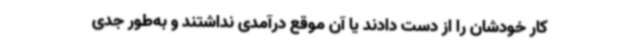
کار خودشان را از دست دادند یا آن موقع درآمدی نداشتند و به‌طور جدی